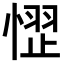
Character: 𪬞